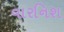
વારનિશ